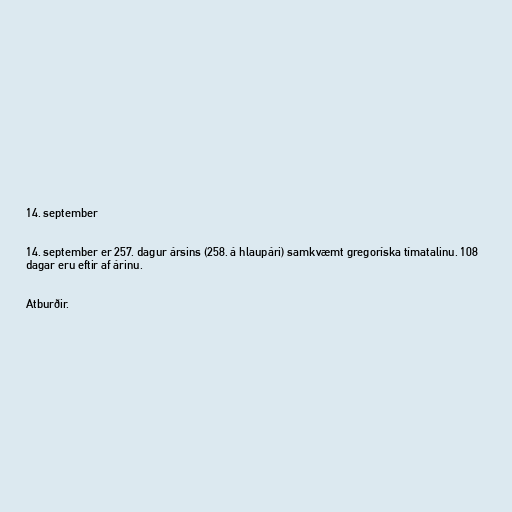
14. september

14. september er 257. dagur ársins (258. á hlaupári) samkvæmt gregoríska tímatalinu. 108
dagar eru eftir af árinu.

Atburðir.